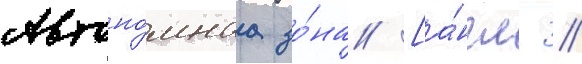
Автоно́мнаа зо́на [а́нгл. //